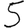
Digit: 5